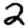
Digit: 2